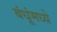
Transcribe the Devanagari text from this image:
बंधूंमध्ये